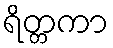
ရိတ္တကာ